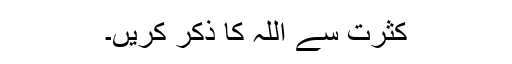
کثرت سے اللہ کا ذکر کریں۔